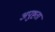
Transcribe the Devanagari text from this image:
अपुष्टता